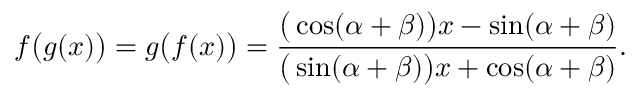
f { \big ( } g ( x ) { \big ) } = g { \big ( } f ( x ) { \big ) } = { \frac { { \big ( } \cos ( \alpha + \beta ) { \big ) } x - \sin ( \alpha + \beta ) } { { \big ( } \sin ( \alpha + \beta ) { \big ) } x + \cos ( \alpha + \beta ) } } .